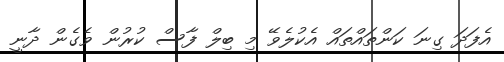
އެފަދަ ގިނަ ކަންތައްތައް އެކުލެވޭ މި ބިލް ފާސް ކުރުން ވެގެން ދާނީ